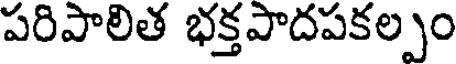
పరిపాలిత భక్తపాదపకల్పం